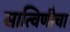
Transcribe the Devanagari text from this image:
सात्विणीचा